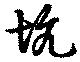
坑